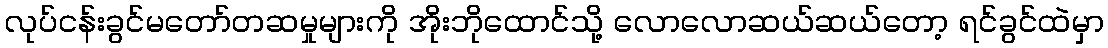
လုပ်ငန်းခွင်မတော်တဆမှုများကို အိုးဘိုထောင်သို့ လောလောဆယ်ဆယ်တော့ ရင်ခွင်ထဲမှာ